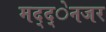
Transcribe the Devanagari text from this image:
मद्द्ेनजर